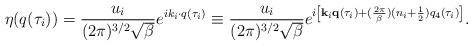
LaTeX: \begin{align*}\eta(q(\tau_i))=\frac{u_i}{(2\pi)^{3/2}\sqrt{\beta}}e^{ik_i\cdot q(\tau_i)}\equiv\frac{u_i}{(2\pi)^{3/2}\sqrt{\beta}}e^{i\left[{\bf k}_i{\bf q}(\tau_i)+(\frac{2\pi}{\beta})(n_i+\frac12) q_4(\tau_i)\right]}.\end{align*}